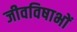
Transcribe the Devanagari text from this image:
जीवविषाभों